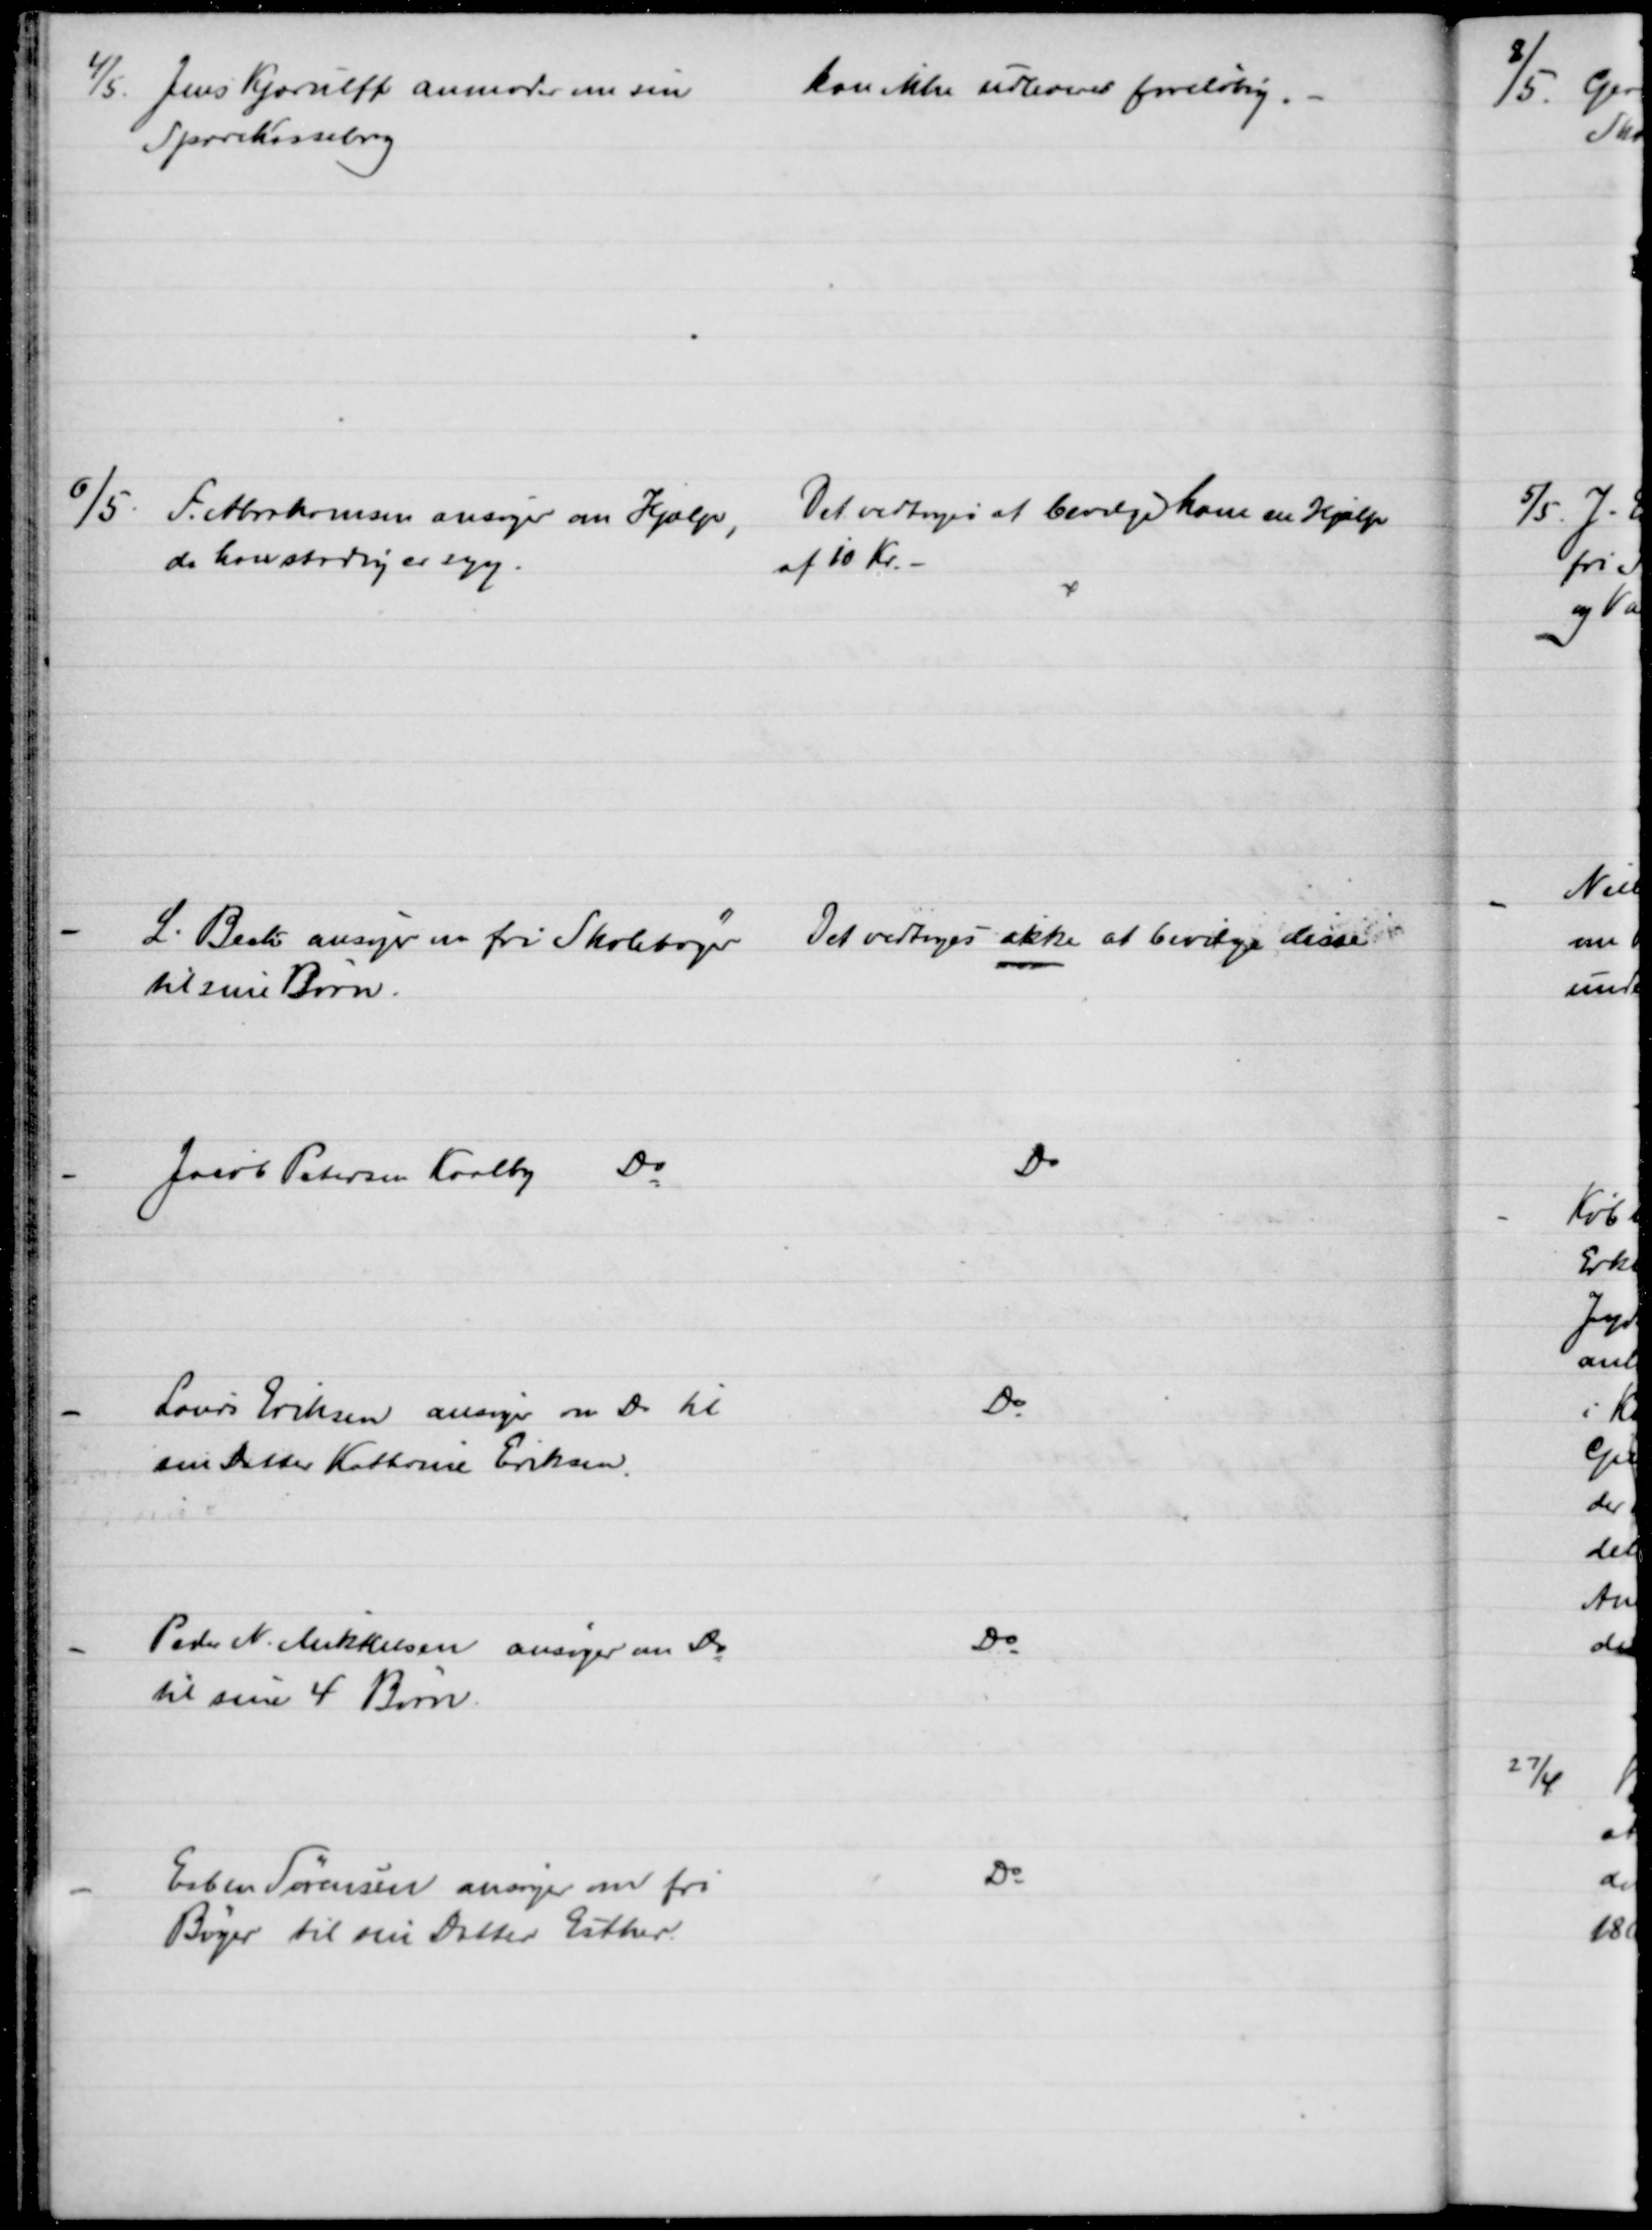
Transskription:
4/5.
Jens Kjærulff anmoder om sin
Sparekassebog
kan ikke udleveres foreløbig.
6/5. F. Abrahamsen ansøger om Hjælp,
da han stadig er syg.
Det vedtoges at bevilge ham en Hjælp
af 10 Kr. 
L. Bech ansøger om fri Skolebøger. 
til sine Børn.
Det vedtoges ikke at bevilge disse
Jacob Petersen Kaalby Do
Do
Laurs Eriksen ansøger om Do til
sin Datter Kathrine Eriksen.
Do
Peder N. Mikkelsen ansøger om Do
til sine 4 Børn.
Do
Esben Sørensen ansøger om fri
Bøger til sin Datter Esther.
Do